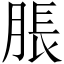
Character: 脹